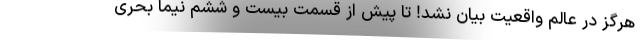
هرگز در عالم واقعیت بیان نشد! تا پیش از قسمت بیست و ششم نیما بحری